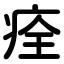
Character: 痊